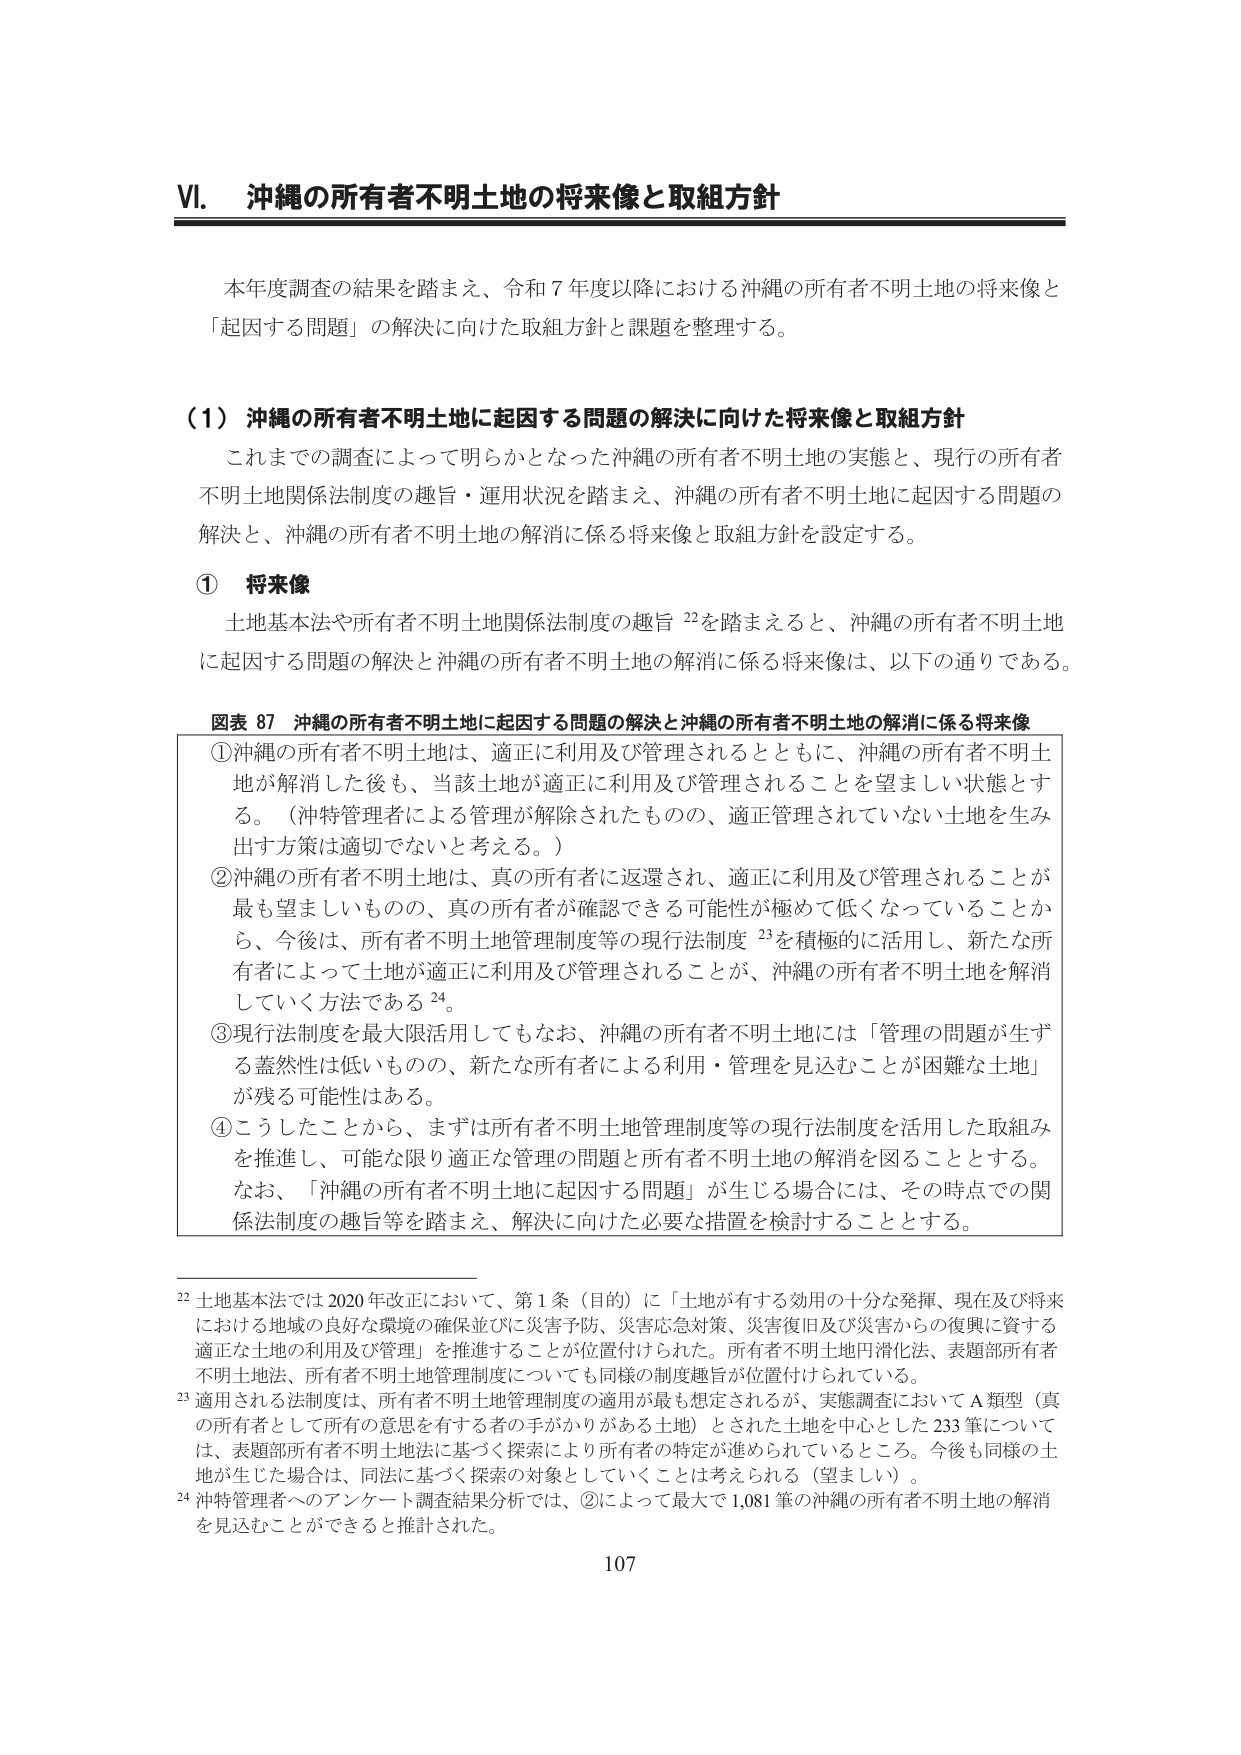
VI. 沖縄の所有者不明土地の将来像と取組方針

本年度調査の結果を踏まえ、令和7年度以降における沖縄の所有者不明土地の将来像と「起因する問題」の解決に向けた取組方針と課題を整理する。

（1）沖縄の所有者不明土地に起因する問題の解決に向けた将来像と取組方針
これまでの調査によって明らかとなった沖縄の所有者不明土地の実態と、現行の所有者不明土地関係法制度の趣旨・運用状況を踏まえ、沖縄の所有者不明土地に起因する問題の解決と、沖縄の所有者不明土地の解消に係る将来像と取組方針を設定する。

① 将来像
土地基本法や所有者不明土地関係法制度の趣旨 22を踏まえると、沖縄の所有者不明土地に起因する問題の解決と沖縄の所有者不明土地の解消に係る将来像は、以下の通りである。

図表 87 沖縄の所有者不明土地に起因する問題の解決と沖縄の所有者不明土地の解消に係る将来像
①沖縄の所有者不明土地は、適正に利用及び管理されるとともに、沖縄の所有者不明土地が解消した後も、当該土地が適正に利用及び管理されることを望ましい状態とする。（沖特管理者による管理が解除されたものの、適正管理されていない土地を生み出す方策は適切でないと考える。）
②沖縄の所有者不明土地は、真の所有者に返還され、適正に利用及び管理されることが最も望ましいものの、真の所有者が確認できる可能性が極めて低くなっていることから、今後は、所有者不明土地管理制度等の現行法制度 23を積極的に活用し、新たな所有者によって土地が適正に利用及び管理されることが、沖縄の所有者不明土地を解消していく方法である 24。
③現行法制度を最大限活用してもなお、沖縄の所有者不明土地には「管理の問題が生ずる蓋然性は低いものの、新たな所有者による利用・管理を見込むことが困難な土地」が残る可能性はある。
④こうしたことから、まずは所有者不明土地管理制度等の現行法制度を活用した取組みを推進し、可能な限り適正な管理の問題と所有者不明土地の解消を図ることとする。なお、「沖縄の所有者不明土地に起因する問題」が生じる場合には、その時点での関係法制度の趣旨等を踏まえ、解決に向けた必要な措置を検討することとする。

22 土地基本法では2020年改正において、第1条（目的）に「土地が有する効用の十分な発揮、現在及び将来における地域の良好な環境の確保並びに災害予防、災害応急対策、災害復旧及び災害からの復興に資する適正な土地の利用及び管理」を推進することが位置付けられた。所有者不明土地円滑化法、表題部所有者不明土地法、所有者不明土地管理制度についても同様の制度趣旨が位置付けられている。
23 適用される法制度は、所有者不明土地管理制度の適用が最も想定されるが、実態調査においてA類型（真の所有者として所有の意思を有する者の手がかりがある土地）とされた土地を中心とした233筆については、表題部所有者不明土地法に基づく探索により所有者の特定が進められているところ。今後も同様の土地が生じた場合は、同法に基づく探索の対象としていくことは考えられる（望ましい）。
24 沖特管理者へのアンケート調査結果分析では、②によって最大で1,081筆の沖縄の所有者不明土地の解消を見込むことができると推計された。

107